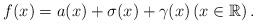
LaTeX: \begin{align*} f(x)=a(x)+\sigma(x)+\gamma(x) \left(x\in \mathbb{R}\right). \end{align*}